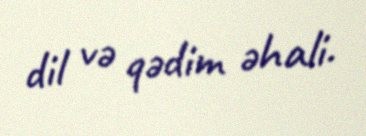
dil və qədim əhali.